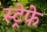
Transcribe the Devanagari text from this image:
स्ट्रेफे